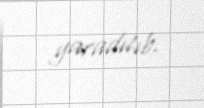
yaradılıb.